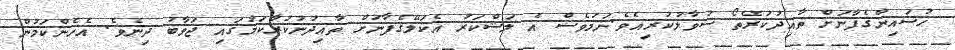
ޙުސައިންގެފާނަށް ތާއިދުކުރެތޯ ސުވާލުކުރިއެވެ.ނަމަވެސް އެ ލަޝްކަރު އެކަލޭގެފާނަށް ތާއިދުނުކުރާކަމުގައި ޖަވާބު ދިނެވެ. އެހެންކަމުން